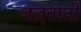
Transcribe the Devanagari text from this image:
जज़्बाती